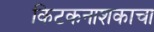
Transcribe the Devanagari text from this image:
किटकनाशकाचा